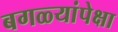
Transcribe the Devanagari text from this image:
बगळ्यांपेक्षा